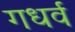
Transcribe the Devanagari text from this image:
गधर्व